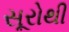
સૂરોથી